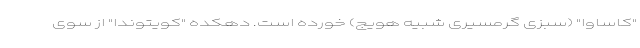
"کاساوا" (سبزی گرمسیری شبیه هویج) خورده است. دهکده "کویتوندا" از سوی